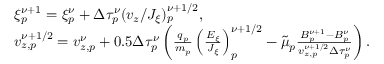
\begin{array} { r l } & { { \xi } _ { p } ^ { \nu + 1 } = { \xi } _ { p } ^ { \nu } + \Delta \tau _ { p } ^ { \nu } ( v _ { z } / J _ { \xi } ) _ { p } ^ { \nu + 1 / 2 } , } \\ & { v _ { z , p } ^ { \nu + 1 / 2 } = v _ { z , p } ^ { \nu } + 0 . 5 \Delta \tau _ { p } ^ { \nu } \left( \frac { q _ { p } } { m _ { p } } \left( \frac { E _ { \xi } } { J _ { \xi } } \right) _ { p } ^ { \nu + 1 / 2 } - \Tilde { \mu } _ { p } \frac { B _ { p } ^ { \nu + 1 } - B _ { p } ^ { \nu } } { v _ { z , p } ^ { \nu + 1 / 2 } \Delta \tau _ { p } ^ { \nu } } \right) . } \end{array}